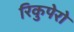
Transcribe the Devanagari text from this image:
रिकुपेरो